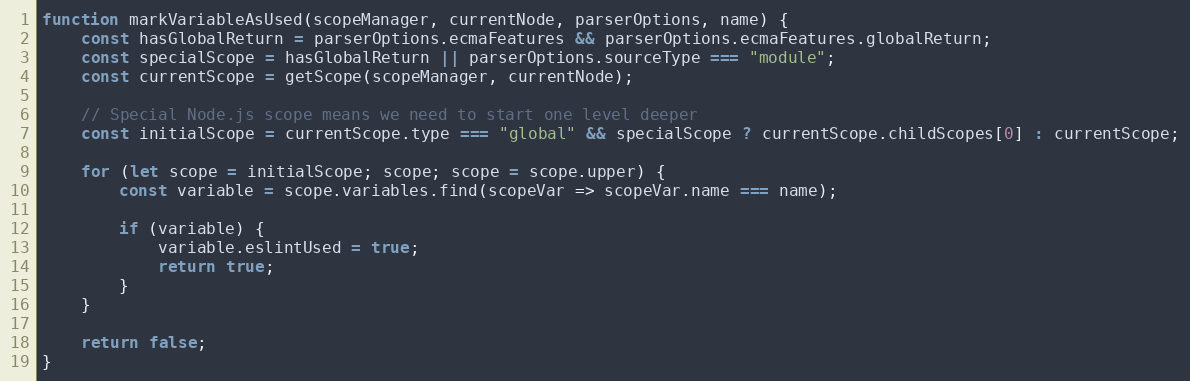
Language: JavaScript
function markVariableAsUsed(scopeManager, currentNode, parserOptions, name) {
    const hasGlobalReturn = parserOptions.ecmaFeatures && parserOptions.ecmaFeatures.globalReturn;
    const specialScope = hasGlobalReturn || parserOptions.sourceType === "module";
    const currentScope = getScope(scopeManager, currentNode);

    // Special Node.js scope means we need to start one level deeper
    const initialScope = currentScope.type === "global" && specialScope ? currentScope.childScopes[0] : currentScope;

    for (let scope = initialScope; scope; scope = scope.upper) {
        const variable = scope.variables.find(scopeVar => scopeVar.name === name);

        if (variable) {
            variable.eslintUsed = true;
            return true;
        }
    }

    return false;
}